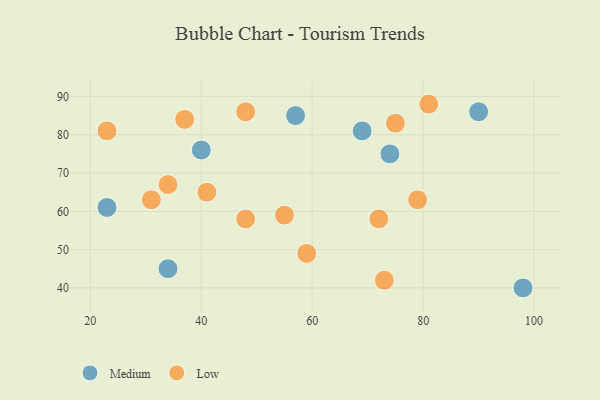
{"axis": {"x": "GDP", "y": "Life Expectancy"}, "legend": ["Low", "Medium"], "data": [{"x": "57", "y": 85, "type": "Medium"}, {"x": "90", "y": 86, "type": "Medium"}, {"x": "98", "y": 40, "type": "Medium"}, {"x": "69", "y": 81, "type": "Medium"}, {"x": "23", "y": 61, "type": "Medium"}, {"x": "40", "y": 76, "type": "Medium"}, {"x": "34", "y": 45, "type": "Medium"}, {"x": "74", "y": 75, "type": "Medium"}, {"x": "55", "y": 59, "type": "Low"}, {"x": "31", "y": 63, "type": "Low"}, {"x": "75", "y": 83, "type": "Low"}, {"x": "59", "y": 49, "type": "Low"}, {"x": "34", "y": 67, "type": "Low"}, {"x": "23", "y": 81, "type": "Low"}, {"x": "48", "y": 86, "type": "Low"}, {"x": "37", "y": 84, "type": "Low"}, {"x": "79", "y": 63, "type": "Low"}, {"x": "81", "y": 88, "type": "Low"}, {"x": "41", "y": 65, "type": "Low"}, {"x": "48", "y": 58, "type": "Low"}, {"x": "73", "y": 42, "type": "Low"}, {"x": "72", "y": 58, "type": "Low"}]}